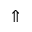
\Uparrow